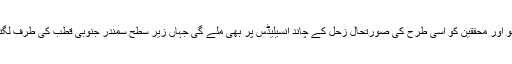
مہم جو اور محققین کو اسی طرح کی صورتحال زحل کے چاند انسیلیڈس پر بھی ملے گی جہاں زیر سطح سمندر جنوبی قطب کی طرف لگتا ہے۔